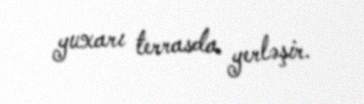
yuxarı terrasda yerləşir.